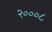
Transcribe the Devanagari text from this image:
२०००८